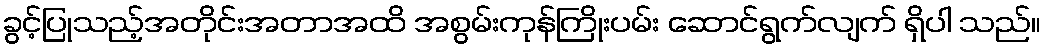
ခွင့်ပြုသည့်အတိုင်းအတာအထိ အစွမ်းကုန်ကြိုးပမ်း ဆောင်ရွက်လျက် ရှိပါ သည်။